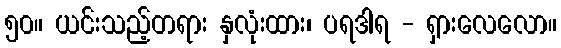
၅၀။ ယင်းသည့်တရား နှလုံးထား၊ ပရဒါရ - ရှားလေလော။